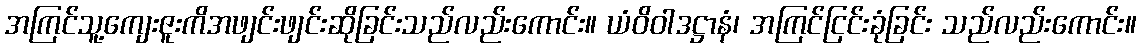
အကြင်သူ့ကျေးဇူးကိအဖျင်းဖျင်းဆိုခြင်းသည်လည်းကောင်း။ ယံဝိဝါဒဋ္ဌာနံ၊ အကြင်ငြင်းခုံခြင်း သည်လည်းကောင်း။